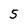
Character: 5